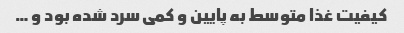
کیفیت غذا متوسط به پایین و کمی سرد شده بود و …